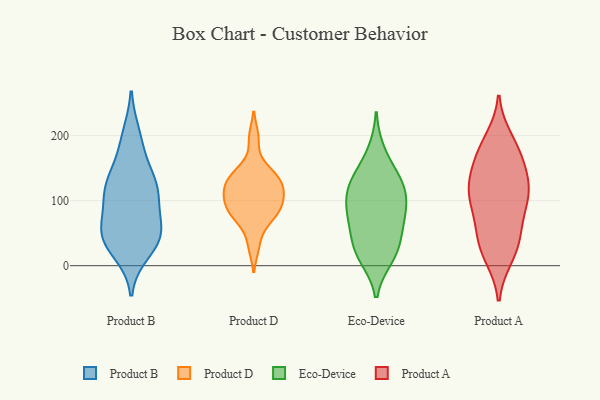
{"axis": {"x": "LTV (USD)", "y": "Value"}, "legend": ["Eco-Device", "Product A", "Product B", "Product D"], "data": [{"x": "", "y": 22, "type": "Product B"}, {"x": "", "y": 115, "type": "Product B"}, {"x": "", "y": 113, "type": "Product B"}, {"x": "", "y": 200, "type": "Product B"}, {"x": "", "y": 52, "type": "Product B"}, {"x": "", "y": 43, "type": "Product B"}, {"x": "", "y": 186, "type": "Product B"}, {"x": "", "y": 138, "type": "Product B"}, {"x": "", "y": 42, "type": "Product B"}, {"x": "", "y": 62, "type": "Product B"}, {"x": "", "y": 134, "type": "Product B"}, {"x": "", "y": 44, "type": "Product B"}, {"x": "", "y": 113, "type": "Product B"}, {"x": "", "y": 105, "type": "Product B"}, {"x": "", "y": 49, "type": "Product B"}, {"x": "", "y": 127, "type": "Product D"}, {"x": "", "y": 30, "type": "Product D"}, {"x": "", "y": 133, "type": "Product D"}, {"x": "", "y": 148, "type": "Product D"}, {"x": "", "y": 118, "type": "Product D"}, {"x": "", "y": 90, "type": "Product D"}, {"x": "", "y": 72, "type": "Product D"}, {"x": "", "y": 69, "type": "Product D"}, {"x": "", "y": 91, "type": "Product D"}, {"x": "", "y": 108, "type": "Product D"}, {"x": "", "y": 90, "type": "Product D"}, {"x": "", "y": 141, "type": "Product D"}, {"x": "", "y": 197, "type": "Product D"}, {"x": "", "y": 113, "type": "Product D"}, {"x": "", "y": 104, "type": "Eco-Device"}, {"x": "", "y": 70, "type": "Eco-Device"}, {"x": "", "y": 15, "type": "Eco-Device"}, {"x": "", "y": 58, "type": "Eco-Device"}, {"x": "", "y": 27, "type": "Eco-Device"}, {"x": "", "y": 30, "type": "Eco-Device"}, {"x": "", "y": 142, "type": "Eco-Device"}, {"x": "", "y": 13, "type": "Eco-Device"}, {"x": "", "y": 73, "type": "Eco-Device"}, {"x": "", "y": 123, "type": "Eco-Device"}, {"x": "", "y": 131, "type": "Eco-Device"}, {"x": "", "y": 99, "type": "Eco-Device"}, {"x": "", "y": 84, "type": "Eco-Device"}, {"x": "", "y": 121, "type": "Eco-Device"}, {"x": "", "y": 175, "type": "Eco-Device"}, {"x": "", "y": 111, "type": "Product A"}, {"x": "", "y": 104, "type": "Product A"}, {"x": "", "y": 152, "type": "Product A"}, {"x": "", "y": 110, "type": "Product A"}, {"x": "", "y": 143, "type": "Product A"}, {"x": "", "y": 173, "type": "Product A"}, {"x": "", "y": 139, "type": "Product A"}, {"x": "", "y": 173, "type": "Product A"}, {"x": "", "y": 59, "type": "Product A"}, {"x": "", "y": 43, "type": "Product A"}, {"x": "", "y": 82, "type": "Product A"}, {"x": "", "y": 40, "type": "Product A"}, {"x": "", "y": 13, "type": "Product A"}, {"x": "", "y": 91, "type": "Product A"}, {"x": "", "y": 36, "type": "Product A"}, {"x": "", "y": 195, "type": "Product A"}, {"x": "", "y": 115, "type": "Product A"}, {"x": "", "y": 120, "type": "Product A"}, {"x": "", "y": 13, "type": "Product A"}, {"x": "", "y": 187, "type": "Product A"}]}